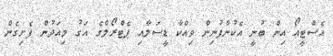
އެސްޓީއޯ އިން ބުނީ އެކުންފުނިން ވިއްކާ ޑީސަލާއި ޕެޓްރޯލްގެ އަގު މިއަދުން ފެށިގެން